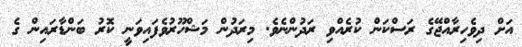
އަށް ދިވެހިރާއްޖޭގެ ރަސްކަން ކުރެއްވި ރަދުންނެވެ. މިރަދުން މަޝްހޫރުވެފައިވަނީ ކޮރު ބަންޑާރައިން ގެ